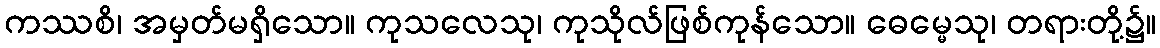
ကဿစိ၊ အမှတ်မရှိသော။ ကုသလေသု၊ ကုသိုလ်ဖြစ်ကုန်သော။ ဓေမ္မေသု၊ တရားတို့၌။